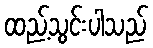
ထည့်သွင်းပါသည်